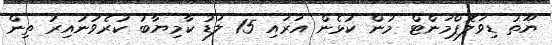
ޔޫތު ޑިވަލޮޕްމަންޓް މުން ކުޅެން އަރައި 15 ލަޑު ކާމިޔާބު ކުރެވުނުއިރު ތިން